Annual report of the Civil Veterinary Department, Bengal, for the year 1896-97 - 1896-1897
Year: 1896
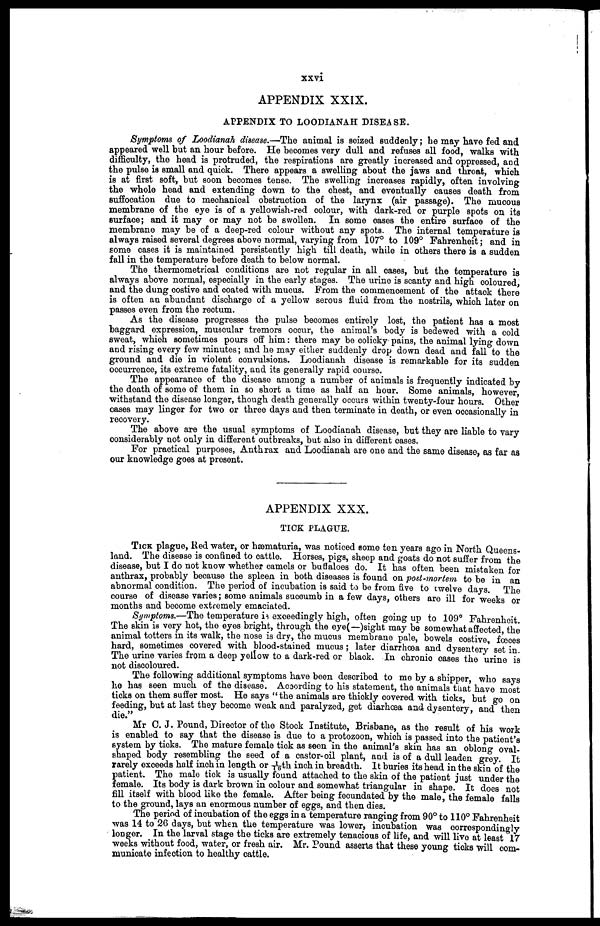
xxvi
APPENDIX XXIX.
APPENDIX TO LOODIANAH DISEASE.
Symptoms of Loodianah disease.—The animal is seized suddenly; he may have fed and
appeared well but an hour before. He becomes very dull and refuses all food, walks with
difficulty, the head is protruded, the respirations are greatly increased and oppressed, and
the pulse is small and quick. There appears a swelling about the jaws and throat, which
is at first soft, but soon becomes tense. The swelling increases rapidly, often involving
the whole head and extending down to the chest, and eventually causes death from
suffocation due to mechanical obstruction of the larynx (air passage). The mucous
membrane of the eye is of a yellowish-red colour, with dark-red or purple spots on its
surface; and it may or may not be swollen. In some oases the entire surface of the
membrane may be of a deep-red colour without any spots. The internal temperature is
always raised several degrees above normal, varying from 107° to 109° Fahrenheit; and in
some cases it is maintained persistently high till death, while in others there is a sudden
fall in the temperature before death to below normal.
The thermometrical conditions are not regular in all cases, but the temperature is
always above normal, especially in the early stages. The urine is scanty and high coloured,
and the dung costive and coated with mucus. From the commencement of the attack there
is often an abundant discharge of a yellow serous fluid from the nostrils, which later on
passes even from the rectum.
As the disease progresses the pulse becomes entirely lost, the patient has a most
baggard expression, muscular tremors occur, the animal's body is bedewed with a cold
sweat, which sometimes pours off him: there may be colicky pains, the animal lying down
and rising every few minutes; and he may either suddenly drop down dead and fall to the
ground and die in violent convulsions. Loodianah disease is remarkable for its sudden
occurrence, its extreme fatality, and its generally rapid course.
The appearance of the disease among a number of animals is frequently indicated by
the death of some of them in so short a time as half an hour. Some animals, however,
withstand the disease longer, though death generally occurs within twenty-four hours. Other
cases may linger for two or three days and then terminate in death, or even occasionally in
recovery.
The above are the usual symptoms of Loodianah disease, but they are liable to vary
considerably not only in different outbreaks, but also in different cases.
For practical purposes, Anthrax and Loodianah are one and the same disease, as far as
our knowledge goes at present.
APPENDIX XXX.
TICK PLAGUE.
TICK plague, Red water, or hæmaturia, was noticed some ten years ago in North Queens-
land. The disease is confined to cattle. Horses, pigs, sheep and goats do not suffer from the
disease, but I do not know whether camels or buffaloes do. It has often been mistaken for
anthrax, probably because the spleen in both diseases is found on post-mortem to be in an
abnormal condition. The period of incubation is said to be from five to twelve days. The
course of disease varies; some animals succumb in a few days, others are ill for weeks or
months and become extremely emaciated.
Symptoms.—The temperature is exceedingly high, often going up to 109° Fahrenheit.
The skin is very hot, the eyes bright, through the eye(—)sight may be somewhat affected, the
animal totters in its walk, the nose is dry, the muous membrane pale, bowels costive, fœces
hard, sometimes covered with blood-stained mucus; later diarrhœa and dysentery set in.
The urine varies from a deep yellow to a dark-red or black. In chronic oases the urine is
not discoloured.
The following additional symptoms have been described to me by a shipper, who says
he has seen much of the disease. According to his statement, the animals that have most
ticks on them suffer most. He says "the animals are thickly covered with ticks, but go on
feeding, but at last they become weak and paralyzed, get diarhœa and dysentery, and then
die."
Mr C. J. Pound, Director of the Stock Institute, Brisbane, as the result of his work
is enabled to say that the disease is due to a protozoon, which is passed into the patient's
system by ticks. The mature female tick as seen in the animal's skin has an oblong oval-
shaped body resembling the seed of a castor-oil plant, and is of a dull leaden grey. It
rarely exceeds half inch in length or 1/16th inch in breadth. It buries its head in the skin of the
patient. The male tick is usually found attached to the skin of the patient just under the
female. Its body is dark brown in colour and somewhat triangular in shape. It does not
fill itself with blood like the female. After being fecundated by the male, the female falls
to the ground, lays an enormous number of eggs, and then dies.
The period of incubation of the eggs in a temperature ranging from 90° to 110° Fahrenheit
was 14 to 26 days, but when the temperature was lower, incubation was correspondingly
longer. In the larval stage the ticks are extremely tenacious of life, and will live at least 17
weeks without food, water, or fresh air. Mr. Pound asserts that these young ticks will com-
municate infection to healthy cattle.